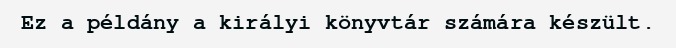
Ez a példány a királyi könyvtár számára készült.